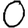
Digit: 0